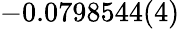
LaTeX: -0.0798544(4)